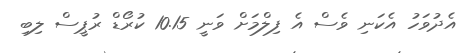
އެދުވަހު އެކަނި ވެސް އެ ފިލްމަށް ވަނީ 10.15 ކުރޯޑް ރުޕީސް ލިބި